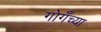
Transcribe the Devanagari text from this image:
गोगँच्या